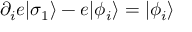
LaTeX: \partial _ { i } e | \sigma _ { 1 } \rangle - e | \phi _ { i } \rangle = | \phi _ { i } \rangle \,